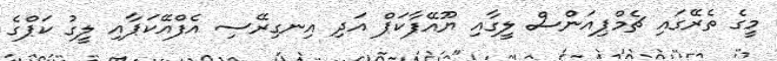
މީގެ ތެރޭގައި ޗެމްޕިއަންސް ލީގާއި ޔޫއޭފާކަޕް އަދި އިނގިރޭސި އެފްއޭކަޕާއި ލީގު ކަޕްގެ